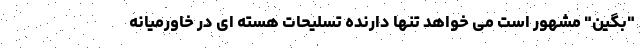
"بگین" مشهور است می خواهد تنها دارنده تسلیحات هسته ای در خاورمیانه